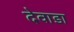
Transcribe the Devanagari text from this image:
देवाडा